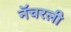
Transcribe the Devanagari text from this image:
नॅचरली